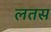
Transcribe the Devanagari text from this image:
लतस